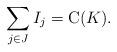
LaTeX: \begin{align*}\sum_{j \in J} I_j = \mathrm{C}(K).\end{align*}